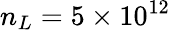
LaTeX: n_{L}=5\times 10^{12}